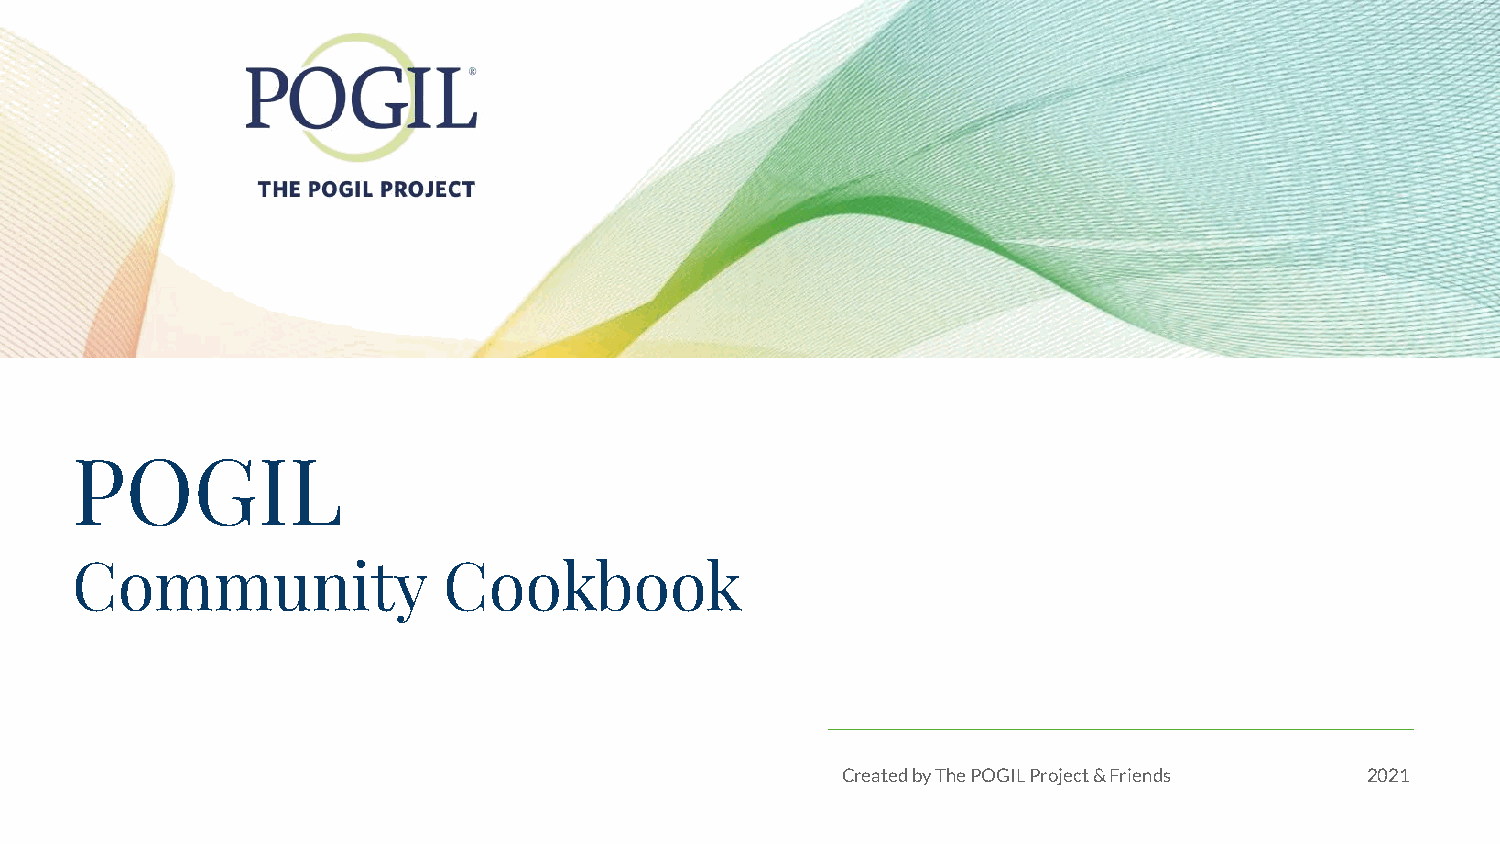
POGIL
 Community               Cookbook
 Created by The POGIL Project & Friends 2021